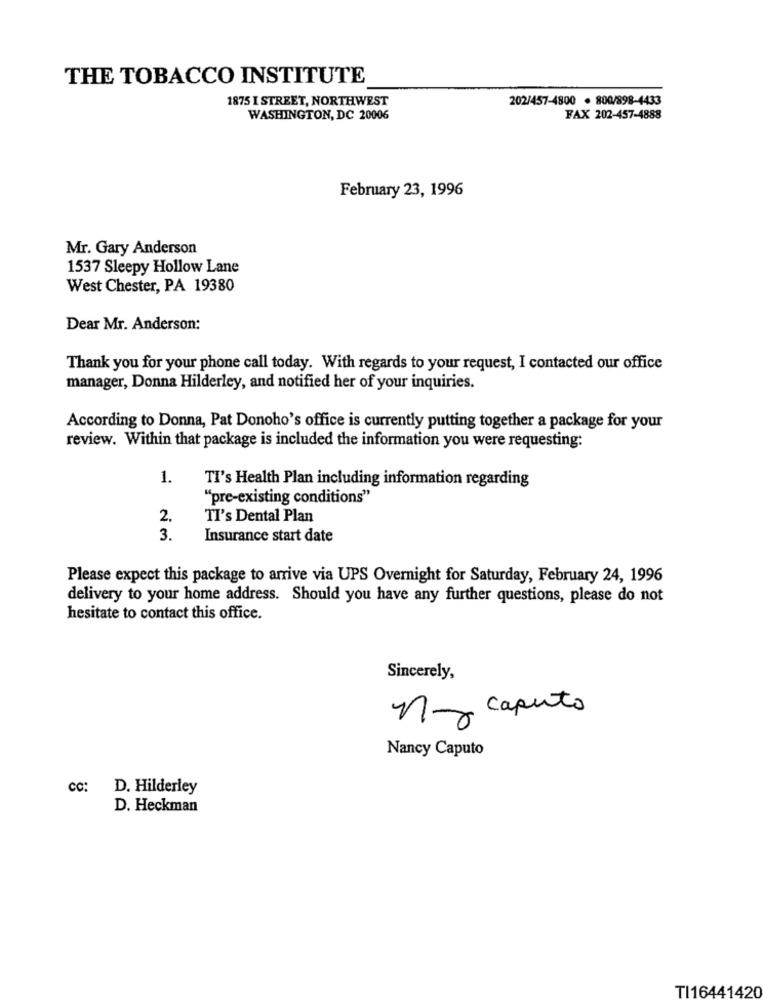
THE TOBACCO INSTITUTE
1875 I STREET, NORTHWEST
202/457-4800 · 800/898-4433
WASHINGTON, DC 20006
FAX 202-457-4888
February 23, 1996
Mr. Gary Anderson
1537 Sleepy Hollow Lane
West Chester, PA 19380
Dear Mr. Anderson:
Thank you for your phone call today. With regards to your request, I contacted our office
manager, Donna Hilderley, and notified her of your inquiries.
According to Donna, Pat Donoho's office is currently putting together a package for your
review. Within that package is included the information you were requesting:
1.
TI's Health Plan including information regarding
"pre-existing conditions"
2.
TI's Dental Plan
3.
Insurance start date
Please expect this package to arrive via UPS Overnight for Saturday, February 24, 1996
delivery to your home address. Should you have any further questions, please do not
hesitate to contact this office.
Sincerely,
ny caputo
Nancy Caputo
cc:
D. Hilderley
D. Heckman
TI16441420